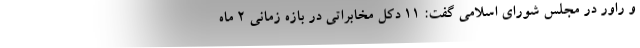
و راور در مجلس شورای اسلامی گفت: ۱۱ دکل مخابراتی در بازه زمانی ۲ ماه